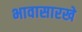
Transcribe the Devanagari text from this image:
भावासारखे